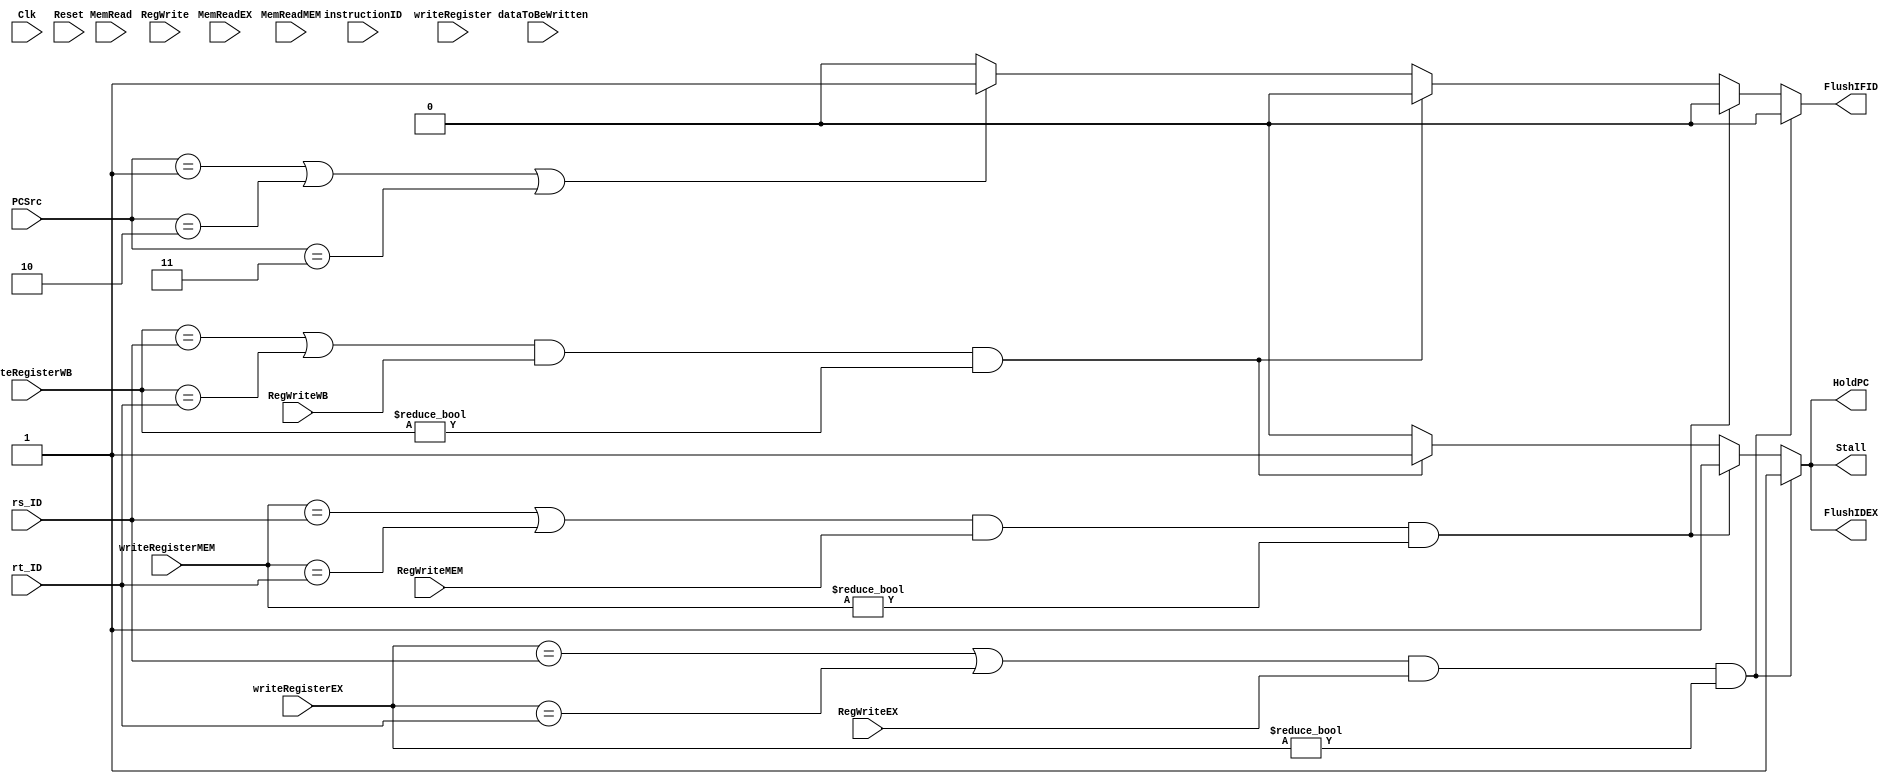
module Hazard(Clk, Stall, HoldPC, FlushIFID, FlushIDEX, rs_ID, rt_ID, instructionID, writeRegister, writeRegisterEX, writeRegisterMEM, writeRegisterWB, 
MemRead, MemReadEX, MemReadMEM, RegWrite, RegWriteEX, RegWriteMEM, RegWriteWB, PCSrc, Reset, dataToBeWritten);
    input [31:0] instructionID, dataToBeWritten;
    input [4:0] rs_ID, rt_ID, writeRegister, writeRegisterEX, writeRegisterMEM, writeRegisterWB; 
    input [1:0] MemRead, MemReadEX, MemReadMEM, PCSrc;
    input RegWrite, RegWriteEX, RegWriteMEM, RegWriteWB, Reset, Clk;
    output reg Stall, HoldPC, FlushIFID, FlushIDEX;

always@(*) begin
  Stall <= 0;
  HoldPC <= 0;
  FlushIFID <= 0;
  FlushIDEX <= 0;
  
    // Regular Stall
    if(((writeRegisterEX == rs_ID) || (writeRegisterEX == rt_ID)) && (RegWriteEX) && (writeRegisterEX != 0)) begin
      Stall <= 1;
      HoldPC <= 1;
      FlushIFID <= 0;
      FlushIDEX <= 1;   
    end
    
    else if(((writeRegisterMEM == rs_ID) || (writeRegisterMEM == rt_ID)) && (RegWriteMEM) && (writeRegisterMEM != 0)) begin
      Stall <= 1;
      HoldPC <= 1; //changed from 1
      FlushIFID <= 0;
      FlushIDEX <= 1; //changed from 1
    end
    
    else if(((writeRegisterWB == rs_ID) || (writeRegisterWB == rt_ID)) && (RegWriteWB) && (writeRegisterWB != 0)) begin
      Stall <= 1;
      HoldPC <= 1; //changed from 1
      FlushIFID <= 0;
      FlushIDEX <= 1; //changed from 1
    end
    
    // Branches and Jumps, if taken
    else if (((PCSrc == 1) || (PCSrc == 2) || (PCSrc == 3))) begin
      HoldPC <= 0;
      FlushIFID <= 1;
      FlushIDEX <= 0;
      Stall <= 0;
    end
    
    else begin
      Stall <= 0;
      HoldPC <= 0;
      FlushIFID <= 0;
      FlushIDEX <= 0;
    end 
  end
  
endmodule